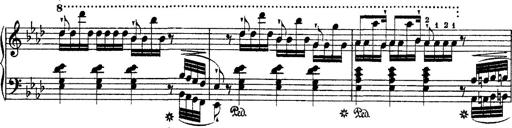
Title: Ã‰tudes d'exÃ©cution transcendante d'aprÃ¨s Paganini
Composer: Franz Liszt